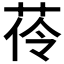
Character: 𦰐